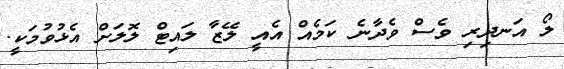
ލޯ އަނދިރި ވެސް ވެދާނެ ކަމެއް އެއީ ލޭޒާ ލައިޓް ލޮލަށް އެޅުވުމަކީ.